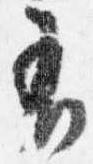
有